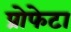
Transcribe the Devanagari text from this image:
प्रोफेटा